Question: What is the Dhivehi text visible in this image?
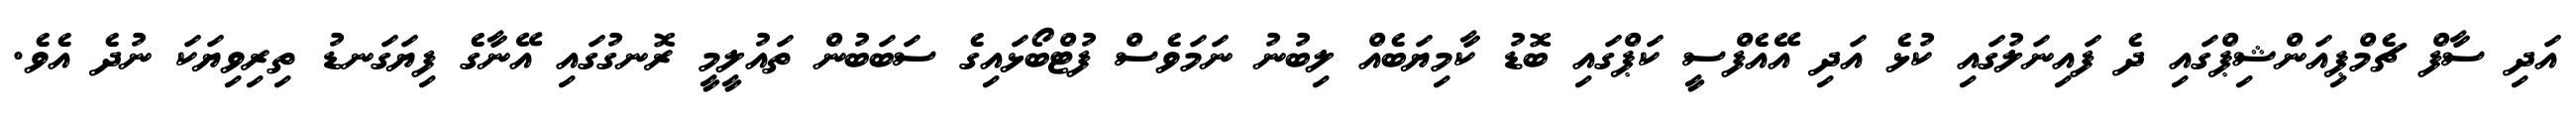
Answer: އަދި ސާފް ޗެމްޕިއަންޝިޕްގައި ދެ ފައިނަލުގައި ކުޅެ އަދި އޭއެފްސީ ކަޕްގައި ބޮޑު ކާމިޔަބެއް ލިބުނު ނަމަވެސް ފުޓްބޯޅައިގެ ސަބަބުން ތައުލީމީ ރޮނގުގައި އޭނާގެ ފިޔަގަނޑު ތިރިވިޔަކަ ނުދެ އެވެ.